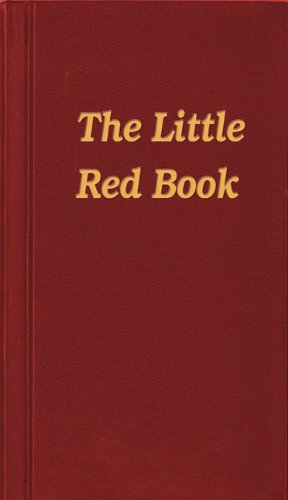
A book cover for The Little Red Book; Anonymous; Health, Fitness & Dieting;